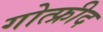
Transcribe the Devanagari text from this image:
गोत्फ्रीद